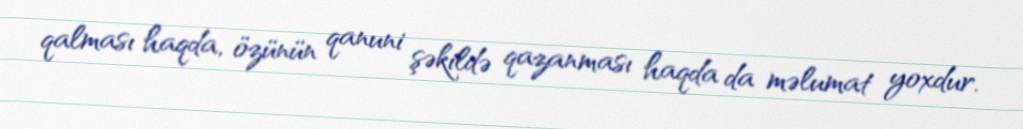
qalması haqda, özünün qanuni şəkildə qazanması haqda da məlumat yoxdur.